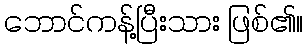
ဘောင်ကန့်ပြီးသား ဖြစ်၏။